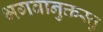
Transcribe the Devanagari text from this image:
भगवानुक्तस्तु